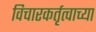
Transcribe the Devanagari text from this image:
विचारकर्तृत्वाच्या